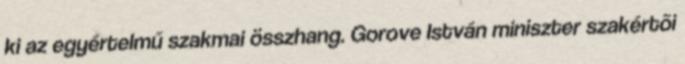
ki az egyértelmű szakmai összhang. Gorove István miniszter szakértõi